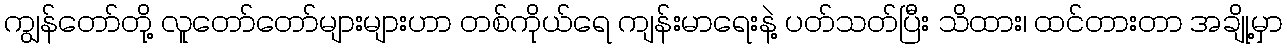
ကျွန်တော်တို့ လူတော်တော်များများဟာ တစ်ကိုယ်ရေ ကျန်းမာရေးနဲ့ ပတ်သတ်ပြီး သိထား၊ ထင်တားတာ အချို့မှာ